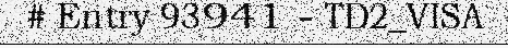
# Entry 93941 - TD2_VISA